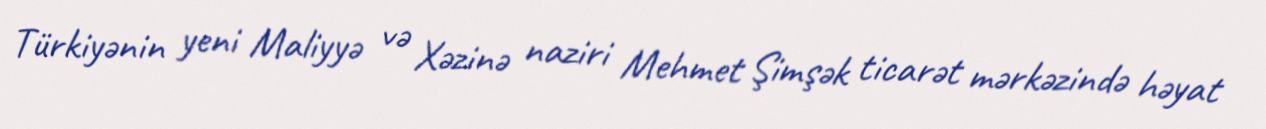
Türkiyənin yeni Maliyyə və Xəzinə naziri Mehmet Şimşək ticarət mərkəzində həyat